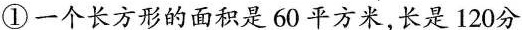
①一个长方形的面积是60平方米，长是120分